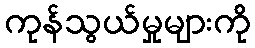
ကုန်သွယ်မှုများကို